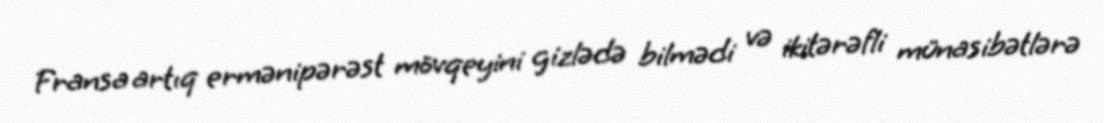
Fransa artıq ermənipərəst mövqeyini gizlədə bilmədi və ikitərəfli münasibətlərə